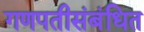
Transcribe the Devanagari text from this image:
गणपतीसंबंधित